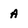
Character: A